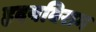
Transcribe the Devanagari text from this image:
हृदयविराम